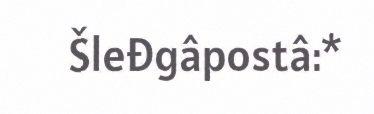
Šleđgâpostâ:*